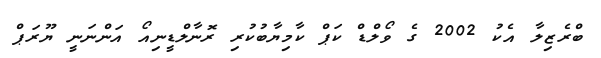
ބްރެޒިލާ އެކު 2002 ގެ ވޯލްޑް ކަޕް ކާމިޔާބުކުރި ރޮނާލްޑީނިއޯ އަންނަނީ ޔޫރަޕް